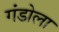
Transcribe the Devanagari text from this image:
गंडोला